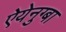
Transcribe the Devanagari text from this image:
ऐयेनुग्बा